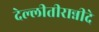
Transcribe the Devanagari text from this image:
देल्लीतीरान्नीदे